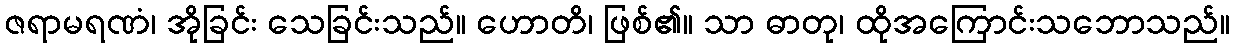
ဇရာမရဏံ၊ အိုခြင်း သေခြင်းသည်။ ဟောတိ၊ ဖြစ်၏။ သာ ဓာတု၊ ထိုအကြောင်းသဘောသည်။